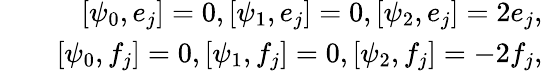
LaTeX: \begin{array}{rlr}&{}&{\left[\psi_{0},e_{j}\right]=0,\left[\psi_{1},e_{j}\right]=0,\left[\psi_{2},e_{j}\right]=2e_{j},}\\ &{}&{\left[\psi_{0},f_{j}\right]=0,\left[\psi_{1},f_{j}\right]=0,\left[\psi_{2},f_{j}\right]=-2f_{j},}\end{array}